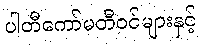
ပါတီကော်မတီဝင်များနှင့်